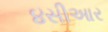
૪સીઆર